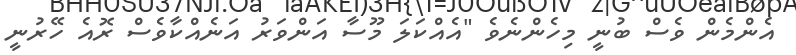
އެންމެން ވެސް ބުނީ މިހެންނެވެ "އެއްކަލަ މޫސާ އަންވަރު އަނެއްކާވެސް ރޮއެ ހޭރުނީ